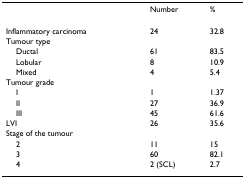
|  | Number | % |
 | --- | --- | --- |
 | Inflammatory carcinoma | 24 | 32.8 |
 | Tumour type |  |  |
 | Ductal | 61 | 83.5 |
 | Lobular | 8 | 10.9 |
 | Mixed | 4 | 5.4 |
 | Tumour grade |  |  |
 | I | 1 | 1.37 |
 | II | 27 | 36.9 |
 | III | 45 | 61.6 |
 | LVI | 26 | 35.6 |
 | Stage of the tumour |  |  |
 | 2 | 11 | 15 |
 | 3 | 60 | 82.1 |
 | 4 | 2 (SCL) | 2.7 |